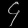
Digit: ၄